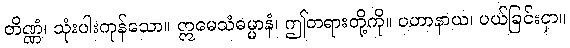
တိဏ္ဏံ၊ သုံးပါးကုန်သော။ ဣမေသံဓမ္မာနံ၊ ဤတရားတို့ကို။ ပဟာနာယ၊ ပယ်ခြင်းငှာ။